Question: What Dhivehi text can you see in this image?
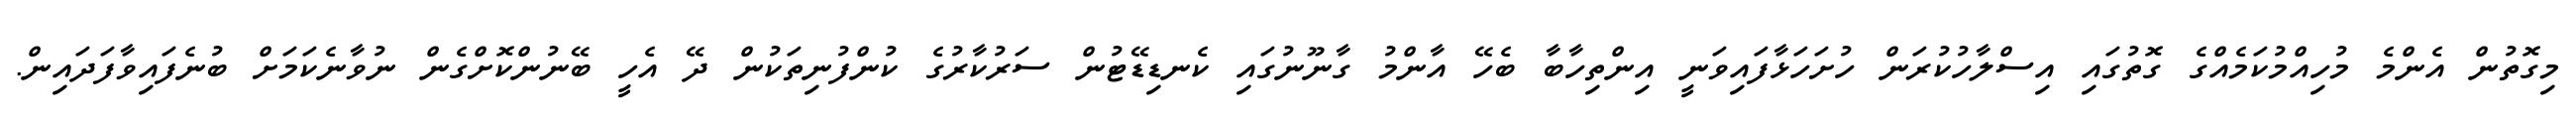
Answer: މިގޮތުން އެންމެ މުހިއްމުކަމެއްގެ ގޮތުގައި އިސްލާހުކުރަން ހުށަހަޅާފައިވަނީ އިންތިހާބާ ބެހޭ އާންމު ގާނޫނުގައި ކެނޑިޑޭޓުން ސަރުކާރުގެ ކުންފުނިތަކުން ދޭ އެހީ ބޭނުންކޮށްގެން ނުވާނެކަމަށް ބުނެފައިވާފަދައިން.